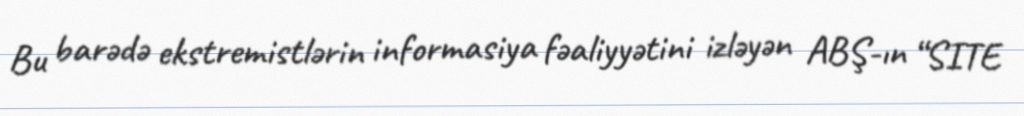
Bu barədə ekstremistlərin informasiya fəaliyyətini izləyən ABŞ-ın “SITE